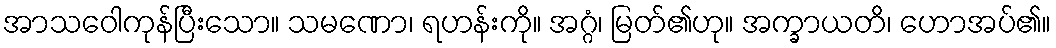
အာသဝေါကုန်ပြီးသော။ သမဏော၊ ရဟန်းကို။ အဂ္ဂံ၊ မြတ်၏ဟု။ အက္ခာယတိ၊ ဟောအပ်၏။